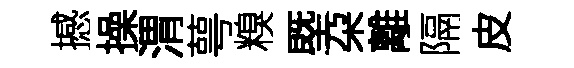
撼操渭萼糗塈朶離隔皮